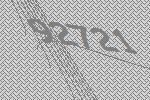
92721